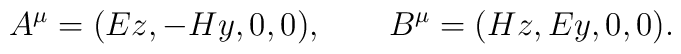
A^{\mu} = (Ez, - Hy, 0, 0), \qquad B^{\mu} = (Hz, Ey, 0, 0).